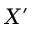
X ^ { \prime }